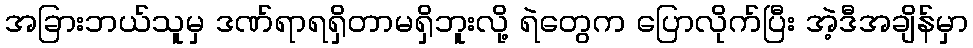
အခြားဘယ်သူမှ ဒဏ်ရာရရှိတာမရှိဘူးလို့ ရဲတွေက ပြောလိုက်ပြီး အဲ့ဒီအချိန်မှာ